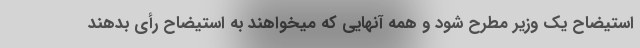
استیضاح یک وزیر مطرح شود و همه آنهایی که میخواهند به استیضاح رأی بدهند